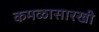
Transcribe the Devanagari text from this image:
कमळासारखी